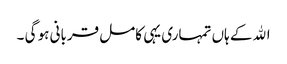
اﷲ کے ہاں تمہاری یہی کامل قربانی ہو گی ۔